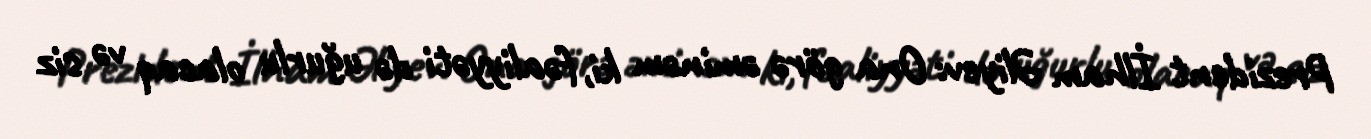
Prezident İlham Əliyev: Ona görə əminəm ki, fəaliyyəti də uğurlu olacaq və siz